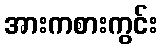
အားကစားကွင်း